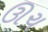
ઊચ